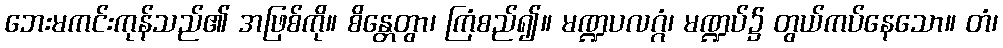
ဘေးမကင်းကုန်သည်၏ အဖြစ်ကို။ စိန္တေတွာ၊ ကြံစည်၍။ မဏ္ဍပလဂ္ဂံ၊ မဏ္ဍပ်၌ တွယ်ကပ်နေသော။ တံ၊